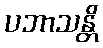
ပဘာသန္တိ